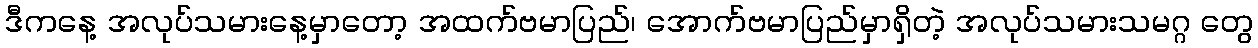
ဒီကနေ့ အလုပ်သမားနေ့မှာတော့ အထက်ဗမာပြည်၊ အောက်ဗမာပြည်မှာရှိတဲ့ အလုပ်သမားသမဂ္ဂ တွေ